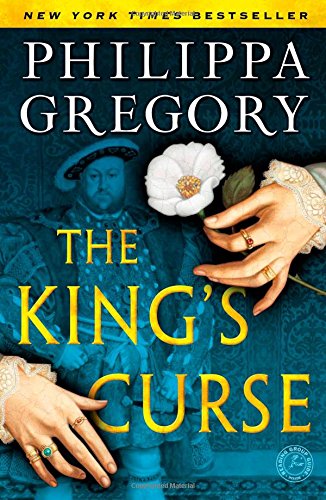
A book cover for The King's Curse (The Cousins' War); Philippa Gregory; Romance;